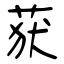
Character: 获